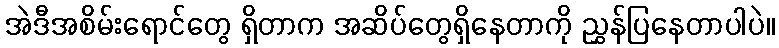
အဲဒီအစိမ်းရောင်တွေ ရှိတာက အဆိပ်တွေရှိနေတာကို ညွှန်ပြနေတာပါပဲ။